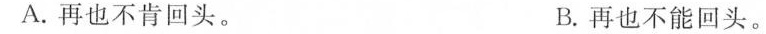
A.再也不肯回头。 B.再也不能回头。